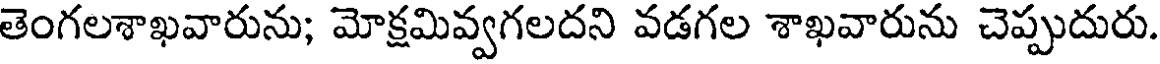
తెంగలశాఖవారును; మోక్షమివ్వగలదని వడగల శాఖవారును చెప్పుదురు.